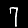
Label: 7